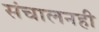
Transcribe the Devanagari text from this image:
संचालनही